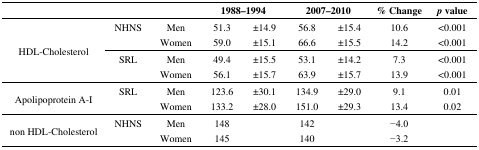
|  |  |  | <COLSPAN=2> 1988–1994 | <COLSPAN=2> 2007–2010 | % Change | p value |
 | --- | --- | --- | --- | --- | --- | --- | --- | --- |
 | <ROWSPAN=4> HDL-Cholesterol | NHNS | Men | 51.3 | ±14.9 | 56.8 | ±15.4 | 10.6 | <0.001 |
 |  | Women | 59.0 | ±15.1 | 66.6 | ±15.5 | 14.2 | <0.001 |
 | SRL | Men | 49.4 | ±15.5 | 53.1 | ±14.2 | 7.3 | <0.001 |
 |  | Women | 56.1 | ±15.7 | 63.9 | ±15.7 | 13.9 | <0.001 |
 | <ROWSPAN=2> Apolipoprotein A-I | SRL | Men | 123.6 | ±30.1 | 134.9 | ±29.0 | 9.1 | 0.01 |
 |  | Women | 133.2 | ±28.0 | 151.0 | ±29.3 | 13.4 | 0.02 |
 | <ROWSPAN=2> non HDL-Cholesterol | NHNS | Men | 148 |  | 142 |  | −4.0 |  |
 |  | Women | 145 |  | 140 |  | −3.2 |  |